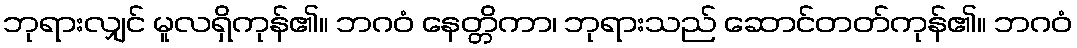
ဘုရားလျှင် မူလရှိကုန်၏။ ဘဂဝံ နေတ္တိကာ၊ ဘုရားသည် ဆောင်တတ်ကုန်၏။ ဘဂဝံ